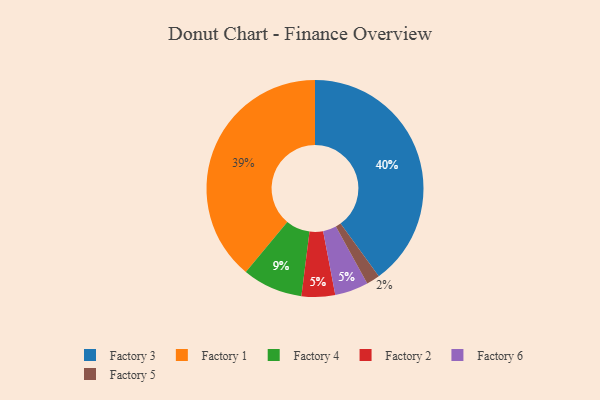
{"axis": {"x": "Category", "y": "Percentage"}, "legend": ["Factory 1", "Factory 2", "Factory 3", "Factory 4", "Factory 5", "Factory 6"], "data": [{"x": "Factory 3", "y": 40, "type": "Factory 3"}, {"x": "Factory 2", "y": 5, "type": "Factory 2"}, {"x": "Factory 5", "y": 2, "type": "Factory 5"}, {"x": "Factory 6", "y": 5, "type": "Factory 6"}, {"x": "Factory 1", "y": 39, "type": "Factory 1"}, {"x": "Factory 4", "y": 9, "type": "Factory 4"}]}